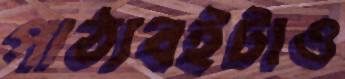
পাঠ্যবইটাও